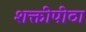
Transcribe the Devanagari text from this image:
शक्तीपीठा